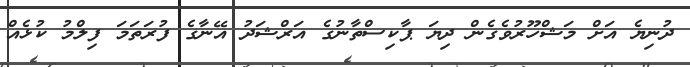
ދުނިޔެ އަށް މަޝްހޫރުވެގެން ދިޔަ ޕާކިސްތާނުގެ އަރްޝަދު އޭނާގެ ފުރަތަމަ ފިލްމު ކުޅެއް